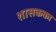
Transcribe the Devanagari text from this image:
शासकका